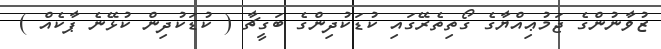
ޒުވާނުންގެ ޖަމުޢިއްޔާގެ ގޯތިތެރޭގައި ކުޑަކުދިންގެ ބަގީޗާ ( ކުޑަކުދިން ކުޅޭނެ ޕާކެއް )